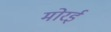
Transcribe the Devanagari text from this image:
मोरई